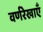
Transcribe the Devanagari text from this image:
वर्णरेखाएँ